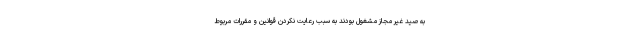
به صید غیر مجاز مشغول بودند به سبب رعایت نکردن قوانین و مقررات مربوط